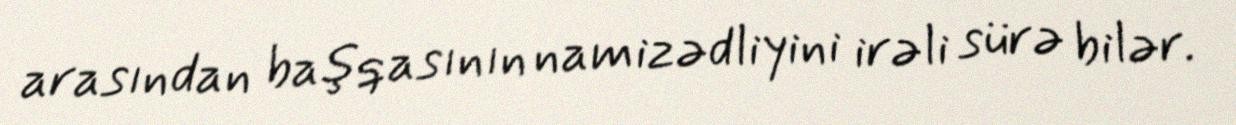
arasından başqasının namizədliyini irəli sürə bilər.